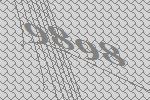
9898